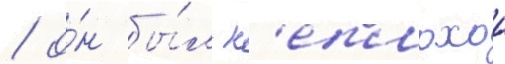
/ о́н бы́л н'еплохои